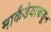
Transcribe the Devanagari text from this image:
मार्कंडेयांकडून